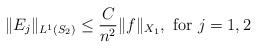
LaTeX: \begin{align*}\Vert E_j \Vert_{L^{1}(S_2)} \leq \dfrac{C}{n^2}\Vert f \Vert_{X_1}, \textrm{ for } j=1, 2 \end{align*}